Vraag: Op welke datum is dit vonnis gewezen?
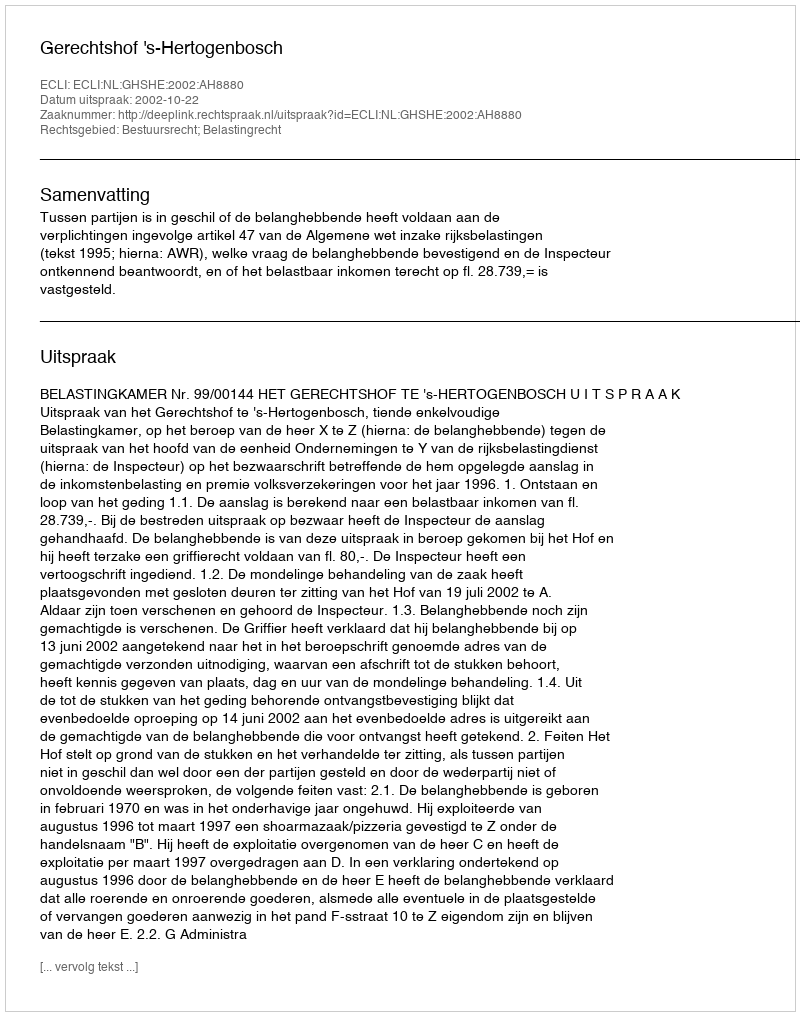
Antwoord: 2002-10-22